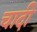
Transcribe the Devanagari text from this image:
चादी